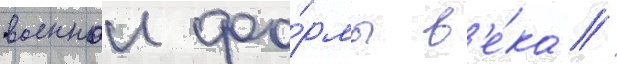
военнои фо́рмы в'е́ка //